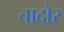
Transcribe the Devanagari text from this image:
चादोर